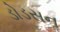
ડોડસનૢ